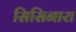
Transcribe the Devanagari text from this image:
सिसिनारा